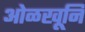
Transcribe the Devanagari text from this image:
ओळखूनि